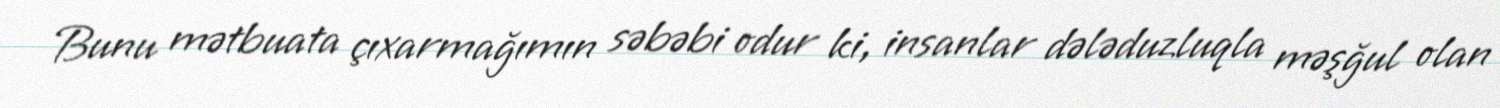
Bunu mətbuata çıxarmağımın səbəbi odur ki, insanlar dələduzluqla məşğul olan